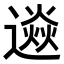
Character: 𨗄